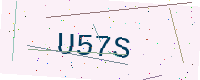
Text: U57S